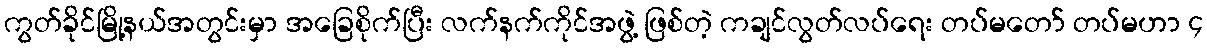
ကွတ်ခိုင်မြို့နယ်အတွင်းမှာ အခြေစိုက်ပြီး လက်နက်ကိုင်အဖွဲ့ ဖြစ်တဲ့ ကချင်လွတ်လပ်ရေး တပ်မတော် တပ်မဟာ ၄